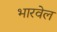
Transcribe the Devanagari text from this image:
भारवेल